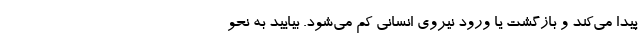
پیدا می‌کند و بازگشت یا ورود نیروی انسانی کم می‌شود. بیایید به نحو